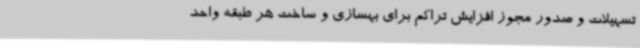
تسهیلات و صدور مجوز افزایش تراکم برای بهسازی و ساخت هر طبقه واحد